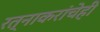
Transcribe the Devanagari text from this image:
रत्‍नाकरांचेही